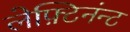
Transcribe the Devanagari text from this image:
लेफ़्टिनंन्ट